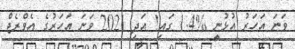
ވަނަ އަހަރު އުޅުނީ %1.4 ގައި! އަދި 2021 ވަނަ އަހަރުގެ އެވްރެޖް